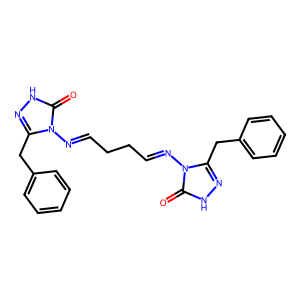
SMILES: O=c1[nH]nc(Cc2ccccc2)n1N=CCCC=Nn1c(Cc2ccccc2)n[nH]c1=O
Inhibits HIV replication: No